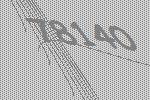
78140